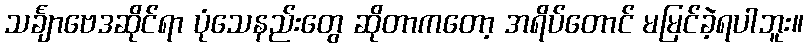
သင်္ချာဗေဒဆိုင်ရာ ပုံသေနည်းတွေ ဆိုတာကတော့ အရိပ်တောင် မမြင်ခဲ့ရပါဘူး။